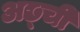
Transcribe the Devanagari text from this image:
अछ्ची